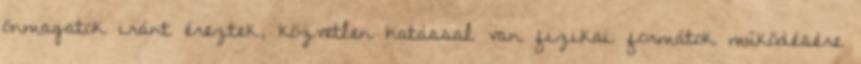
önmagatok iránt éreztek, közvetlen hatással van fizikai formátok működésére